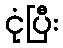
ငုံပြီး